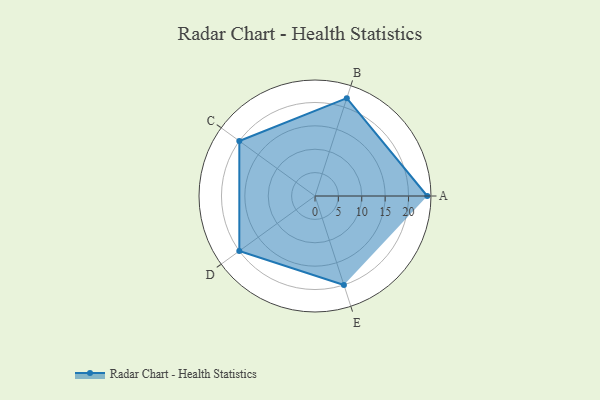
{"axis": {"x": "Skill", "y": "Score"}, "legend": ["Profile"], "data": [{"x": "A", "y": 24.0, "type": "Profile"}, {"x": "B", "y": 22.0, "type": "Profile"}, {"x": "C", "y": 20.0, "type": "Profile"}, {"x": "D", "y": 20, "type": "Profile"}, {"x": "E", "y": 20, "type": "Profile"}]}